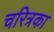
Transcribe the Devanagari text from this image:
चरित्रका